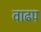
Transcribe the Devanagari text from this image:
वाढप